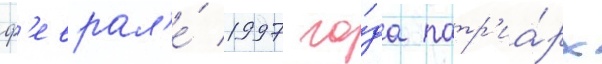
ф'еврал'е́ 1997 го́да патр'иа́рх